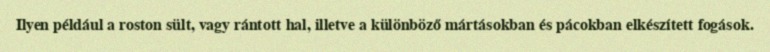
Ilyen például a roston sült, vagy rántott hal, illetve a különböző mártásokban és pácokban elkészített fogások.